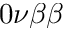
0 \nu \beta \beta